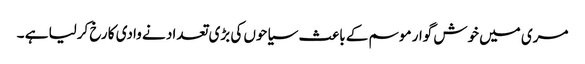
مری میں خوش گوار موسم کے باعث سیاحوں کی بڑی تعداد نے وادی کا رخ کرلیا ہے ۔